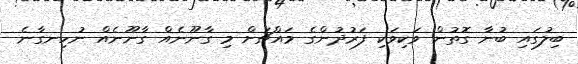
ބިލުގައި ބުނާ ގޮތުން ވަކިވަކި ފަރުދުންގެ މައްޗަށް މި ގާނޫނެއް ގާނޫނެއް ނުހިނގާނެ